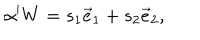
\alpha ^ { \prime } W = s _ { 1 } \vec { e } _ { 1 } + s _ { 2 } \vec { e } _ { 2 } ,